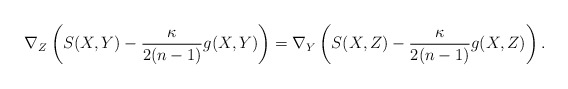
\begin{align*}\nabla_Z\left(S(X, Y)-\frac{\kappa }{2(n-1)}g(X, Y)\right)=\nabla_Y\left(S(X, Z)-\frac{\kappa }{2(n-1)}g(X, Z)\right).\end{align*}